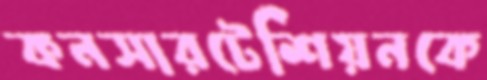
কনসারটেশিয়নকে